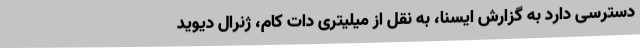
دسترسی دارد به گزارش ایسنا، به نقل از میلیتری دات کام، ژنرال دیوید